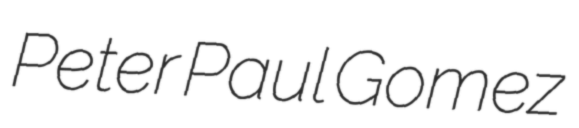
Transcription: Peter Paul Gomez